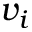
v _ { i }